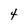
Character: 4